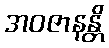
အဝဇာနန္တိ